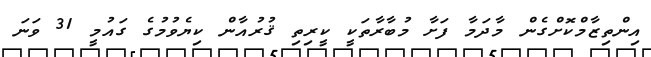
އިންތިޒާމްކޮށްގެން މާދަމާ ފަށާ މުބާރާތަކީ ކީރިތި ޤުރުއާން ކިޔެވުމުގެ ގައުމީ 31 ވަނަ